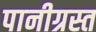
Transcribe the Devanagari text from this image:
पानीग्रस्त